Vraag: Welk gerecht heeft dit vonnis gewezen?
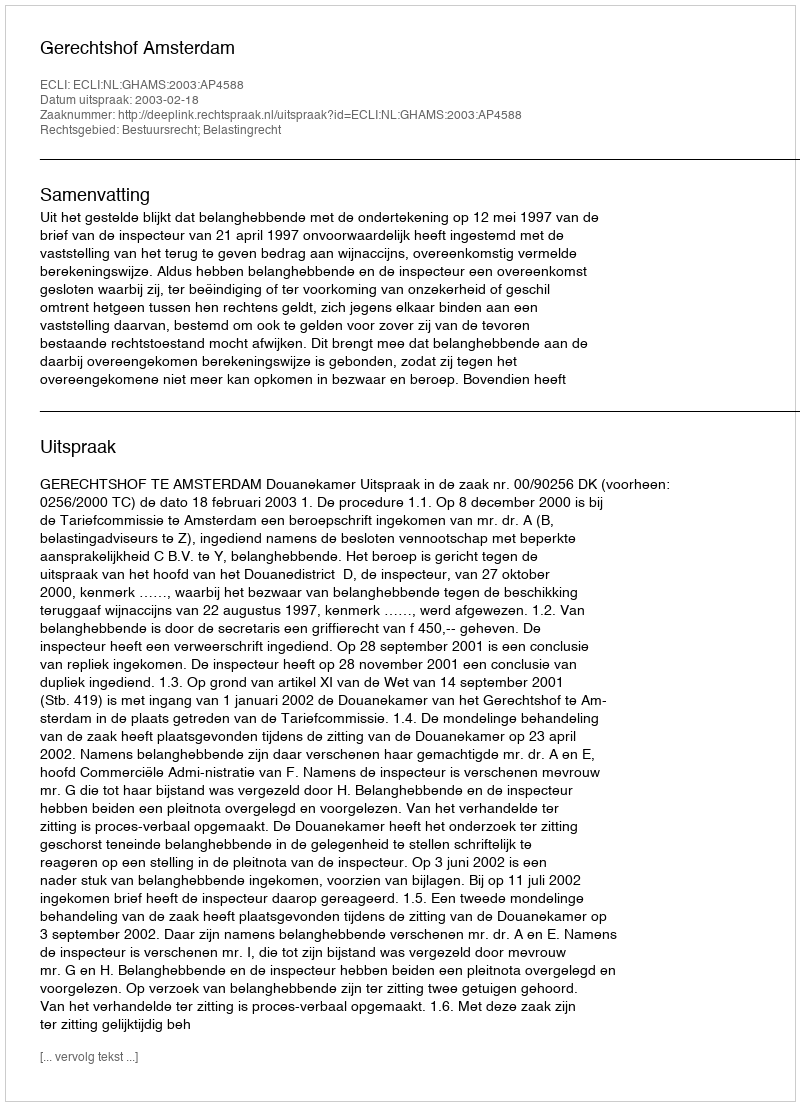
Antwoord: Gerechtshof Amsterdam